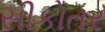
સીકોતર